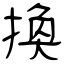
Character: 換